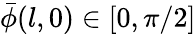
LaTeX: \bar{\phi}(l,0)\in[0,\pi/2]